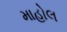
માહોલ